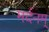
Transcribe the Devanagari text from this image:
मर्दनम्